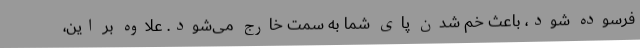
فرسوده شود، باعث خم شدن پای شما به سمت خارج می‌شود. علاوه بر این،